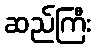
ဆည်ကြီး